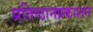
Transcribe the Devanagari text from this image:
प्रतिष्ठानप्रकाशन